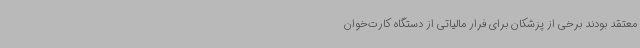
معتقد بودند برخی از پزشکان برای فرار مالیاتی از دستگاه کارت‌خوان